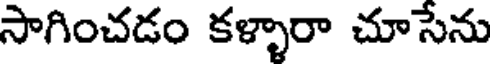
సాగించడం కళ్ళారా చూసేను